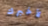
لأخبرك